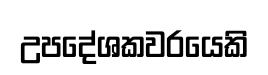
උපදේශකවරයෙකි